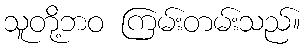
သူတို့ဘဝ ကြမ်းတမ်းသည်။